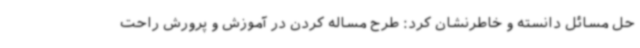
حل مسائل دانسته و خاطرنشان کرد: طرح مساله کردن در آموزش و پرورش راحت